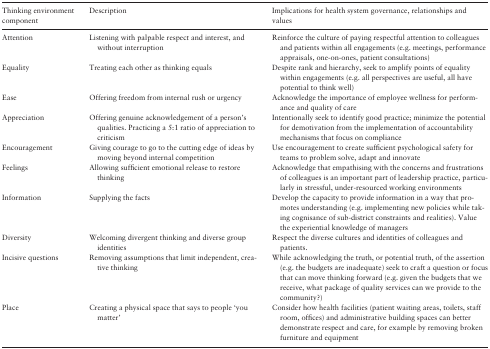
<table><thead><tr><td><b>Thinking environment component</b></td><td><b>Description</b></td><td><b>Implications for health system governance, relationships and values</b></td></tr></thead><tbody><tr><td>Attention</td><td>Listening with palpable respect and interest, and without interruption</td><td>Reinforce the culture of paying respectful attention to colleagues and patients within all engagements (e.g. meetings, performance appraisals, one-on-ones, patient consultations)</td></tr><tr><td>Equality</td><td>Treating each other as thinking equals</td><td>Despite rank and hierarchy, seek to amplify points of equality within engagements (e.g. all perspectives are useful, all have potential to think well)</td></tr><tr><td>Ease</td><td>Offering freedom from internal rush or urgency</td><td>Acknowledge the importance of employee wellness for performance and quality of care</td></tr><tr><td>Appreciation</td><td>Offering genuine acknowledgement of a person’s qualities. Practicing a 5:1 ratio of appreciation to criticism</td><td>Intentionally seek to identify good practice; minimize the potential for demotivation from the implementation of accountability mechanisms that focus on compliance</td></tr><tr><td>Encouragement</td><td>Giving courage to go to the cutting edge of ideas by moving beyond internal competition</td><td>Use encouragement to create sufficient psychological safety for teams to problem solve, adapt and innovate</td></tr><tr><td>Feelings</td><td>Allowing sufficient emotional release to restore thinking</td><td>Acknowledge that empathising with the concerns and frustrations of colleagues is an important part of leadership practice, particularly in stressful, under-resourced working environments</td></tr><tr><td>Information</td><td>Supplying the facts</td><td>Develop the capacity to provide information in a way that promotes understanding (e.g. implementing new policies while taking cognisance of sub-district constraints and realities). Value the experiential knowledge of managers</td></tr><tr><td>Diversity</td><td>Welcoming divergent thinking and diverse group identities</td><td>Respect the diverse cultures and identities of colleagues and patients.</td></tr><tr><td>Incisive questions</td><td>Removing assumptions that limit independent, creative thinking</td><td>While acknowledging the truth, or potential truth, of the assertion (e.g. the budgets are inadequate) seek to craft a question or focus that can move thinking forward (e.g. given the budgets that we receive, what package of quality services can we provide to the community?)</td></tr><tr><td>Place</td><td>Creating a physical space that says to people ‘you matter’</td><td>Consider how health facilities (patient waiting areas, toilets, staff room, offices) and administrative building spaces can better demonstrate respect and care, for example by removing broken furniture and equipment</td></tr></tbody></table>